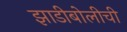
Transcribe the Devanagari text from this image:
झाडीबोलीची